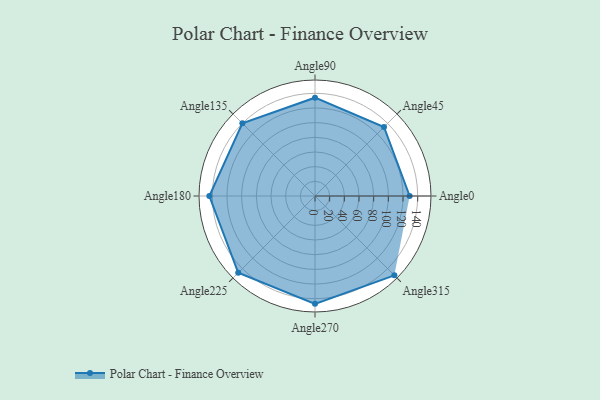
{"axis": {"x": "Angle", "y": "Radius"}, "legend": [""], "data": [{"x": "Angle0", "y": 129.0, "type": ""}, {"x": "Angle45", "y": 133.0, "type": ""}, {"x": "Angle90", "y": 134.0, "type": ""}, {"x": "Angle135", "y": 140.0, "type": ""}, {"x": "Angle180", "y": 144.0, "type": ""}, {"x": "Angle225", "y": 148.0, "type": ""}, {"x": "Angle270", "y": 147.0, "type": ""}, {"x": "Angle315", "y": 153.0, "type": ""}]}